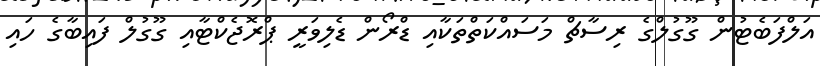
އަލްފަބެޓުން ގޫގުލްގެ ރިސާޗް މަސައްކަތްތަކާއި ޑްރޯން ޑެލިވަރީ ޕްރޮޖެކްޓާއި ގޫގުލް ފައިބާގެ ހައި